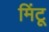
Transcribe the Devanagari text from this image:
मिंटू